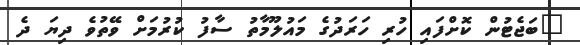
"ބަޖެޓުން ކޮށްފައި ހުރި ހަރަދުގެ މައުލޫމާތު ސާފު ކުރުމަށް ވޭތުވެ ދިޔަ ދެ